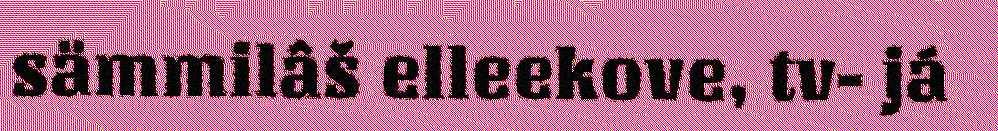
sämmilâš elleekove, tv- já